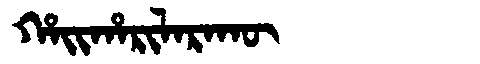
Manchu: ᡥᠠᡳᡥᠠᡵᡳᠯᠠᡵᠠᡴᡡ
Romanization: HAIHARILARAKŪ